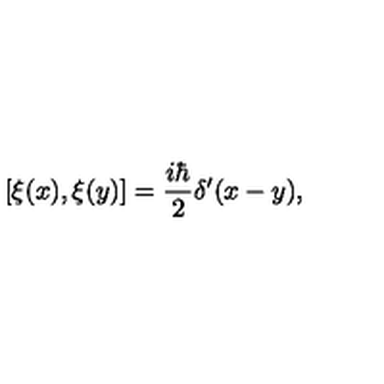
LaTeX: \left[ \xi ( x ) , \xi ( y ) \right] = \frac { i \hbar } { 2 } \delta ^ { \prime } ( x - y ) ,